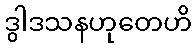
ဒွါဒသနဟုတေဟိ